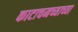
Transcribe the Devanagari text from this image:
काटाचमच्याच्या